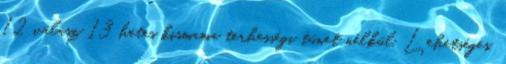
12 válasz 13 hetes kismama terhességi tünet nélkül. Lehetséges,